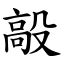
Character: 毃